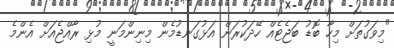
"މިވަގުތަށް މިހާ ބޮޑު ބަޖެޓެއް ހޭދަކުރަން އަޅުގަނޑުމެން މިނިންމަނީ މުޅި ރާއްޖެއަށް އެންމެ